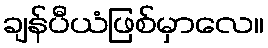
ချန်ပီယံဖြစ်မှာလေ။